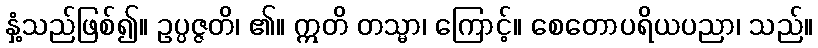
နှံ့သည်ဖြစ်၍။ ဥပ္ပဇ္ဇတိ၊ ၏။ ဣတိ တသ္မာ၊ ကြောင့်။ စေတောပရိယပညာ၊ သည်။